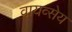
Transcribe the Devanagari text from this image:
वायव्सेय